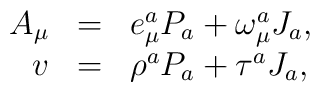
\begin{array}{rcl}  A_\mu&=&e^a_\mu P_a + \omega^a_\mu J_a, \\ v  &=& \rho^a P_a + \tau^a J_a,\end{array}